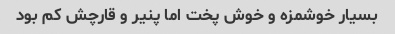
بسیار خوشمزه و خوش پخت اما پنیر و قارچش کم بود